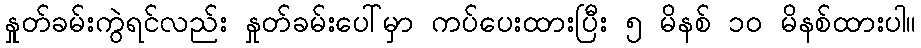
နှုတ်ခမ်းကွဲရင်လည်း နှုတ်ခမ်းပေါ်မှာ ကပ်ပေးထားပြီး ၅ မိနစ် ၁၀ မိနစ်ထားပါ။